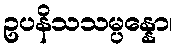
ဥပနိသသမ္ပန္နော၊